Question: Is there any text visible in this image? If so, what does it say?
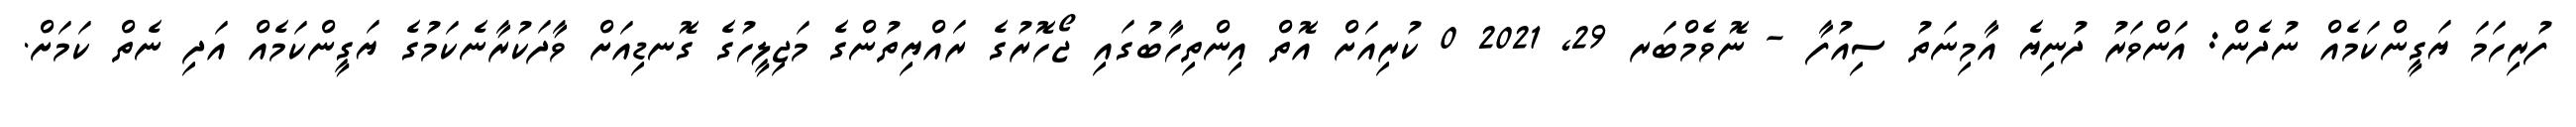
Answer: ފުރިހަމަ ޔަގީންކަމެއް ނުދެން: އަންވަރު ދުނިޔެ އާމިނަތު ސިއުފާ - ނޮވެމްބަރ 29, 2021 0 ކުރިއަށް އޮތް އިންތިހާބުގައި ޖޯހޮރުގެ ރައްޔިތުންގެ މަޖިލީހުގެ ގޮނޑިއަށް ވާދަކުރާނެކަމުގެ ޔަގީންކަމެއް އަދި ނެތް ކަމަށް.